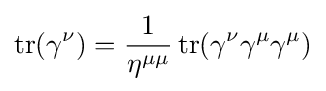
\operatorname {tr} (\gamma ^{\nu })={\frac {1}{\eta ^{\mu \mu }}}\operatorname {tr} (\gamma ^{\nu }\gamma ^{\mu }\gamma ^{\mu })